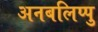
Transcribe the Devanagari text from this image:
अनबलिप्पु